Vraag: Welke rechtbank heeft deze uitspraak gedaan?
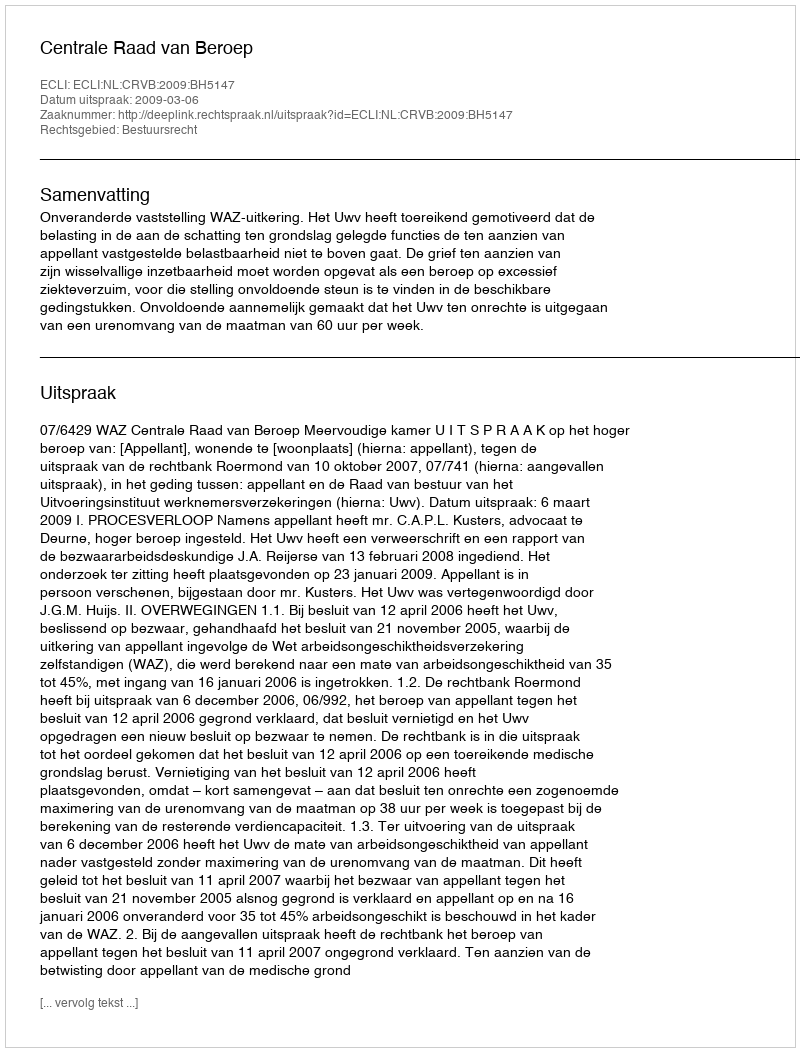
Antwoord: Centrale Raad van Beroep